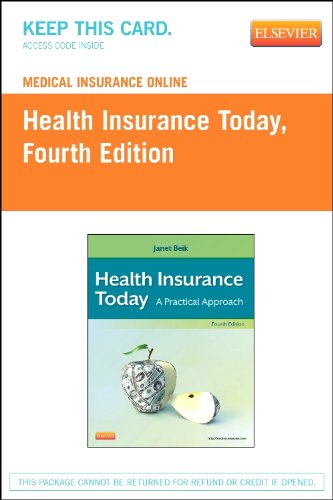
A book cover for Medical Insurance Online for Health Insurance Today (Access Code), 4e; Janet I. Beik AA  BA  MEd; Medical Books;